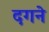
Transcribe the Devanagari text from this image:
दगने